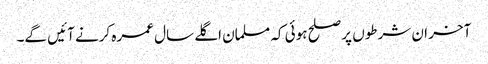
آخر ان شرطوں پر صلح ہوئی کہ مسلمان اگلے سال عمرہ کرنے آئیں گے۔